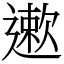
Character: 遬